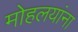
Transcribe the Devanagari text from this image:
माेहलयांना